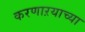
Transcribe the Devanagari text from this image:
करणाऱयाच्या